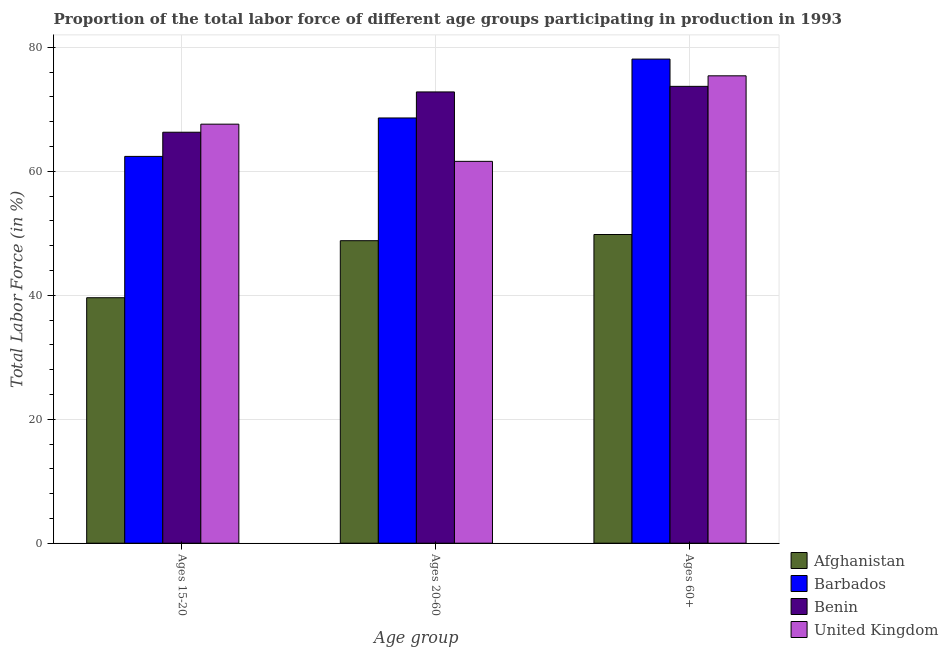
| Age group | Afghanistan | Barbados | Benin | United Kingdom |
 | --- | --- | --- | --- | --- |
 | Ages 15-20 | 39.6 | 62.4 | 66.3 | 67.6 |
 | Ages 20-60 | 48.8 | 68.6 | 72.8 | 61.6 |
 | Ages 60+ | 49.8 | 78.1 | 73.7 | 75.4 |